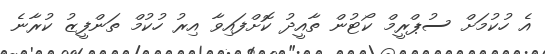
އެ ހުކުމަށް ސުޕްރީމް ކޯޓުން ތާއީދު ކޮށްފައިވާ އިރު ހުކުމް ތަންފީޒު ކުރާނެ